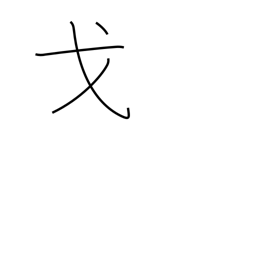
Meaning: festival car